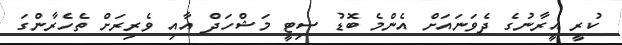
ކުރީ އީރާނުގެ ދެވަނައަށް އެންމެ ބޮޑު ސިޓީ މަޝްހަދް އާއި ވެރިރަށް ތެހެރާންގަ